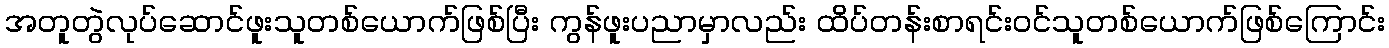
အတူတွဲလုပ်ဆောင်ဖူးသူတစ်ယောက်ဖြစ်ပြီး ကွန်ဖူးပညာမှာလည်း ထိပ်တန်းစာရင်းဝင်သူတစ်ယောက်ဖြစ်ကြောင်း